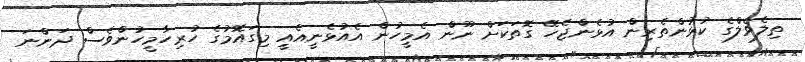
ތިލެވެލްގެ ކުޅުންތެރިން އުޅެންޖެހޭ ގޮތަކަށް ނޫން އެމީހުން އެއުޅެނީއެއީ މިގައޮމުގެ ހުރިހާމީހުންވެސް ދަންނަ